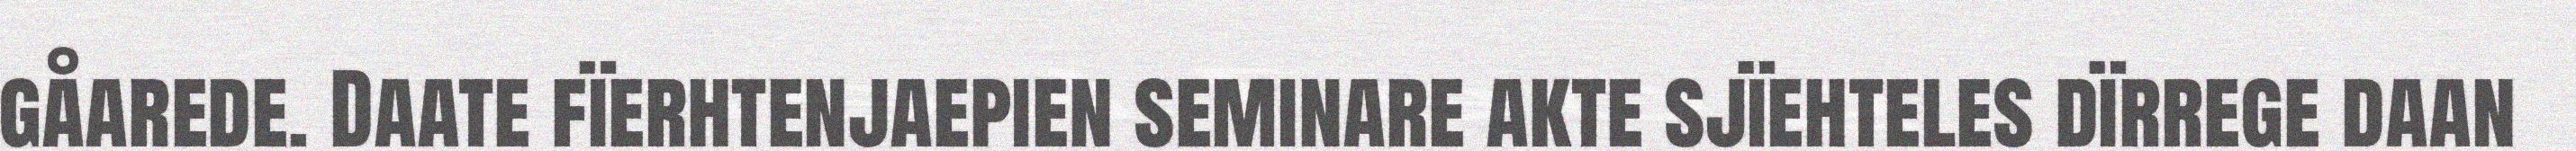
gåarede. Daate fïerhtenjaepien seminare akte sjïehteles dïrrege daan